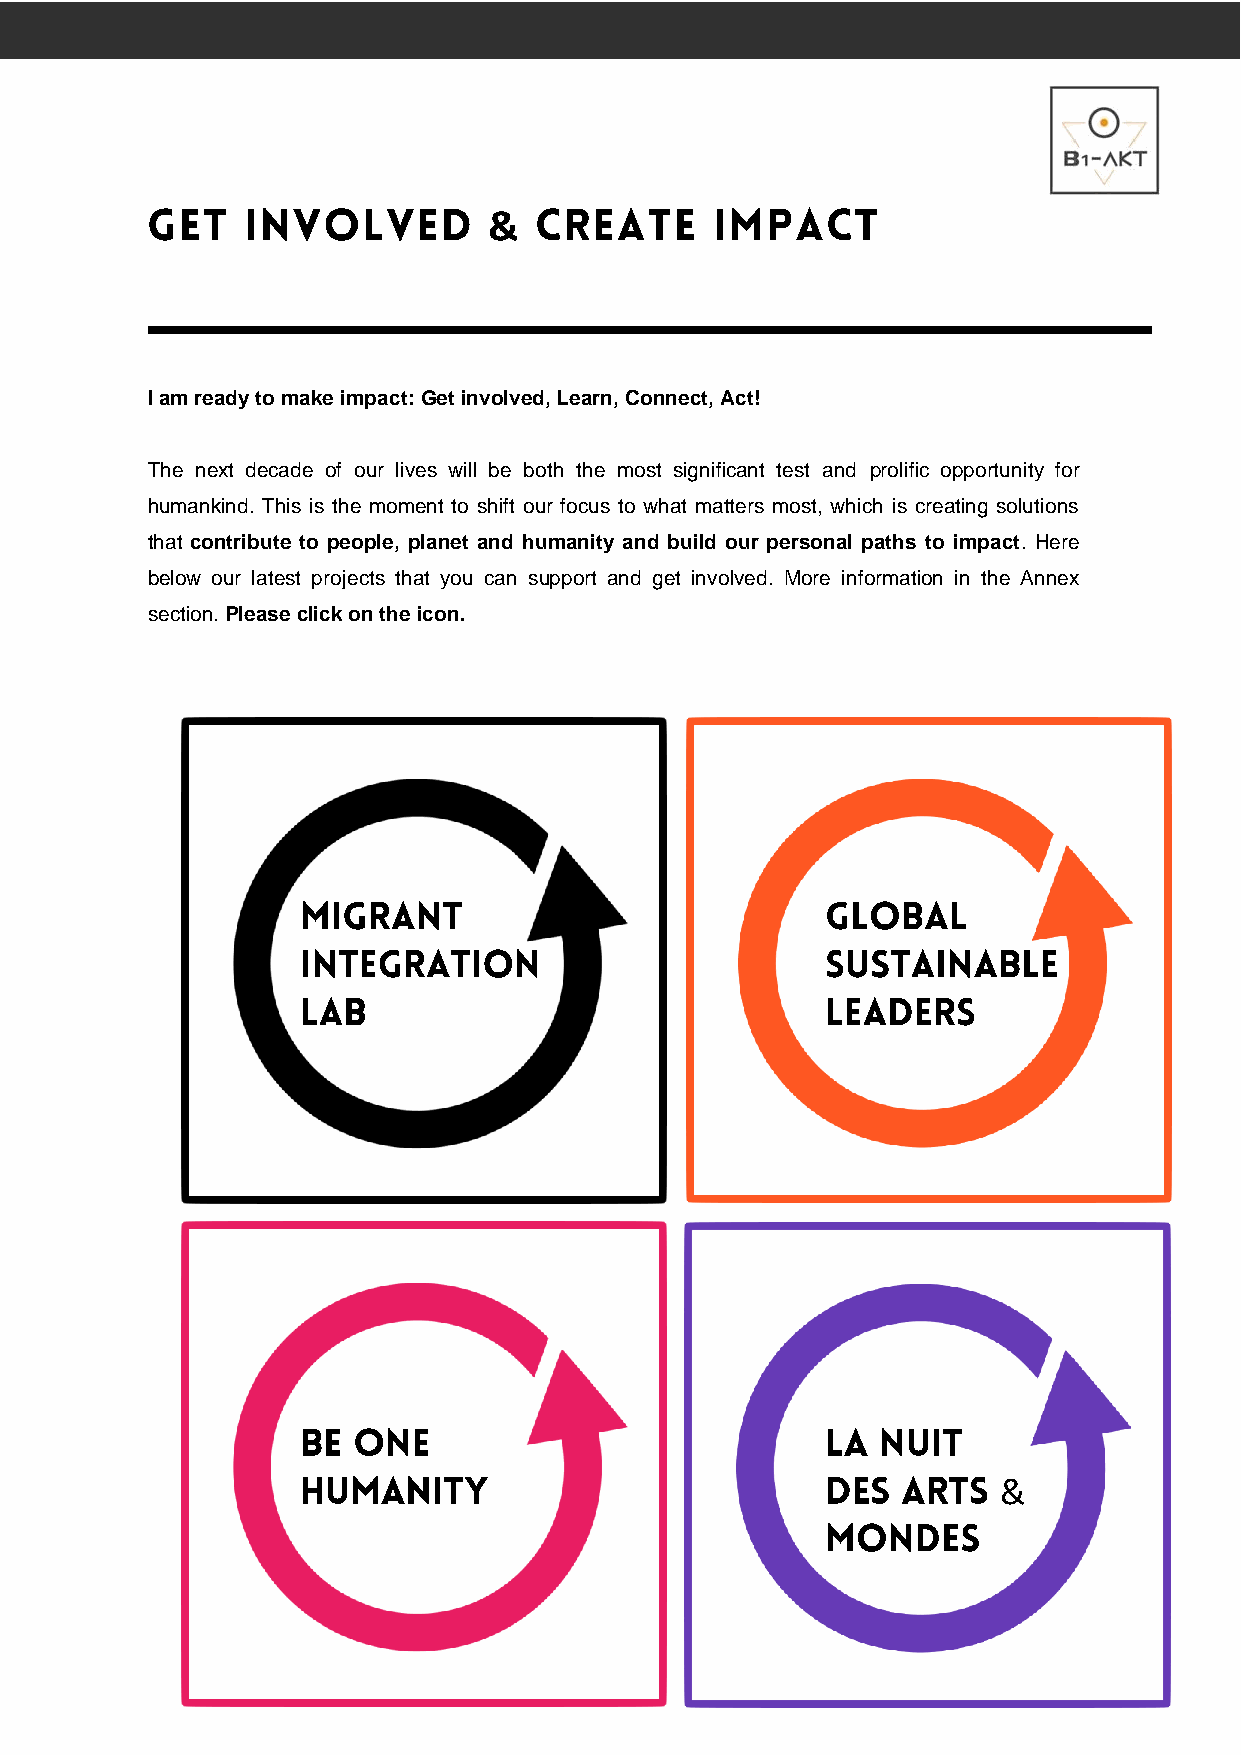
&
 I am ready to make impact: Get involved, Learn, Connect, Act!
 The next decade of our lives will be both the most significant test and prolific opportunity for
 humankind. This is the moment to shift our focus to what matters most, which is creating solutions
 that contribute to people, planet and humanity and build our personal paths to impact. Here
 below our latest projects that you can support and get involved. More information in the Annex
 section. Please click on the icon.
 &